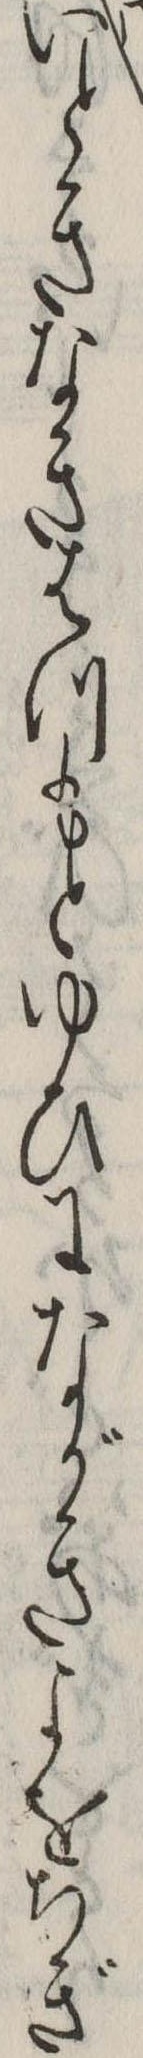
いときなきはつもとゆひにながきよをちぎ